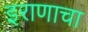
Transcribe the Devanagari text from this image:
इराणाचा